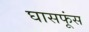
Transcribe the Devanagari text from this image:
घासफूंस